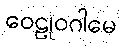
ဝေဠုဝဂါမေ